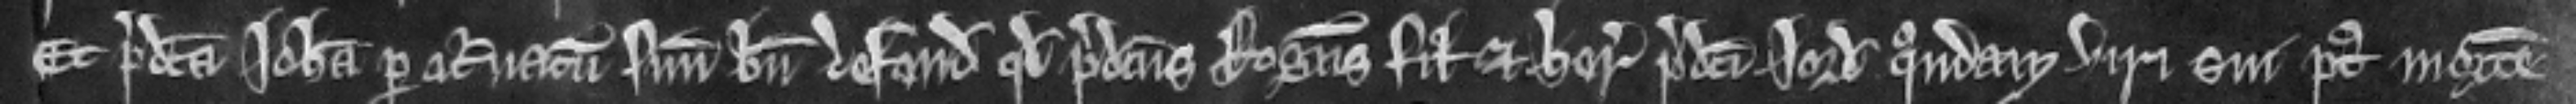
Et predicta Johanna per attornatum suum bene defendit quod predictus Rogerus filius et heres predicti Jordani quondam viri sui post mortem